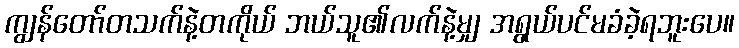
ကျွန်တော်တသက်နဲ့တကိုယ် ဘယ်သူ၏လက်နဲ့မျှ အရွယ်ပင်မခံခဲ့ရဘူးပေ။